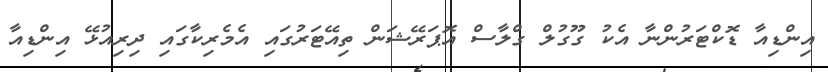
އިންޑިއާ ޑޮކްޓަރުންނާ އެކު ގޫގުލް ގްލާސް އޮޕަރޭޝަން ތިއޭޓަރުގައި އެމެރިކާގައި ދިރިއުޅޭ އިންޑިއާ